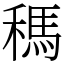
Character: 𥡗